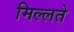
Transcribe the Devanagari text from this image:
मिल्लते